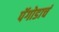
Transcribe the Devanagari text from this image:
पॅगोडाचं